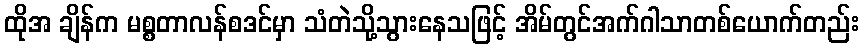
ထိုအ ချိန်က မစ္စတာလန်စဒင်မှာ သံတဲသို့သွားနေသဖြင့် အိမ်တွင်အက်ဂါသာတစ်ယောက်တည်း